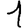
Digit: 1